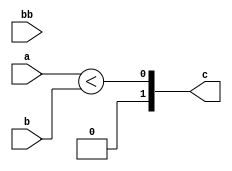
`timescale 1ns / 1ps
//////////////////////////////////////////////////////////////////////////////////
// Company: 
// Engineer: 
// 
// Design Name: 
// Module Name:    z 
// Project Name: 
// Target Devices: 
// Tool versions: 
// Description: 
//
// Dependencies: 
//
// Revision: 
// Revision 0.01 - File Created
// Additional Comments: 
//
//////////////////////////////////////////////////////////////////////////////////
module z(
		input [1:0] a,
		input [1:0]b,
		input [1:0]bb,
		output [1:0] c
    );
	 

	assign c = a < b;


endmodule